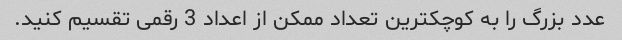
عدد بزرگ را به کوچکترین تعداد ممکن از اعداد 3 رقمی تقسیم کنید.